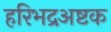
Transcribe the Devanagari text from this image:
हरिभद्रअष्टक